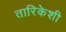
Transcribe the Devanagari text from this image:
तारिकेशी